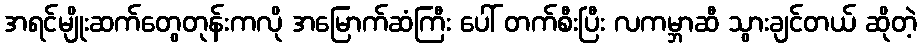
အရင်မျိုးဆက်တွေတုန်းကလို အမြောက်ဆံကြီး ပေါ် တက်စီးပြီး လကမ္ဘာဆီ သွားချင်တယ် ဆိုတဲ့